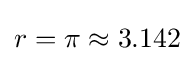
r=\pi \approx 3.142